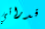
قدراتي